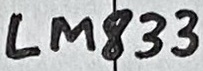
Text: LM833